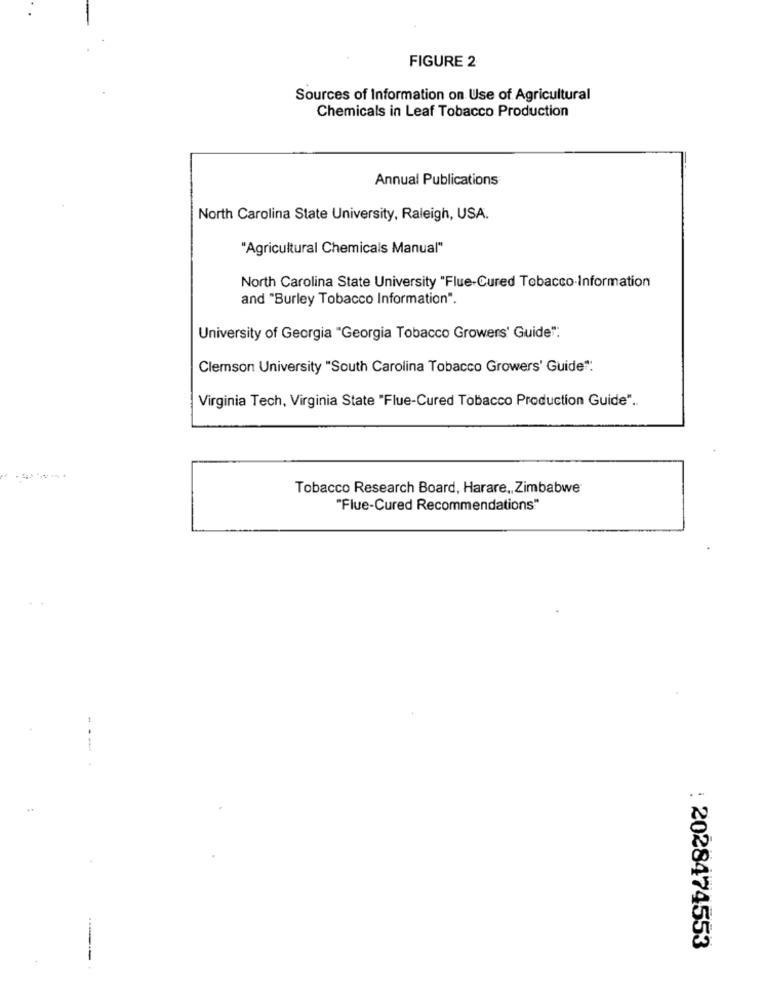
FIGURE 2
Sources of Information on Use of Agricultural
Chemicals in Leaf Tobacco Production
Annual Publications
North Carolina State University, Raleigh, USA.
"Agricultural Chemicals Manual"
North Carolina State University "Flue-Cured Tobacco Information
and "Burley Tobacco Information".
University of Georgia "Georgia Tobacco Growers' Guide":
Clemson University "South Carolina Tobacco Growers' Guide".
Virginia Tech, Virginia State "Flue-Cured Tobacco Production Guide" ..
Tobacco Research Board, Harare ,, Zimbabwe
"Flue-Cured Recommendations"
--
: 2028474553